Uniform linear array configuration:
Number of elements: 24
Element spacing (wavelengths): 1
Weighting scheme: exponential
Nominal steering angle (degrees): -30
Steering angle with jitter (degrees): -30.655
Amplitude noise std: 0.05
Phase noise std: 0.05

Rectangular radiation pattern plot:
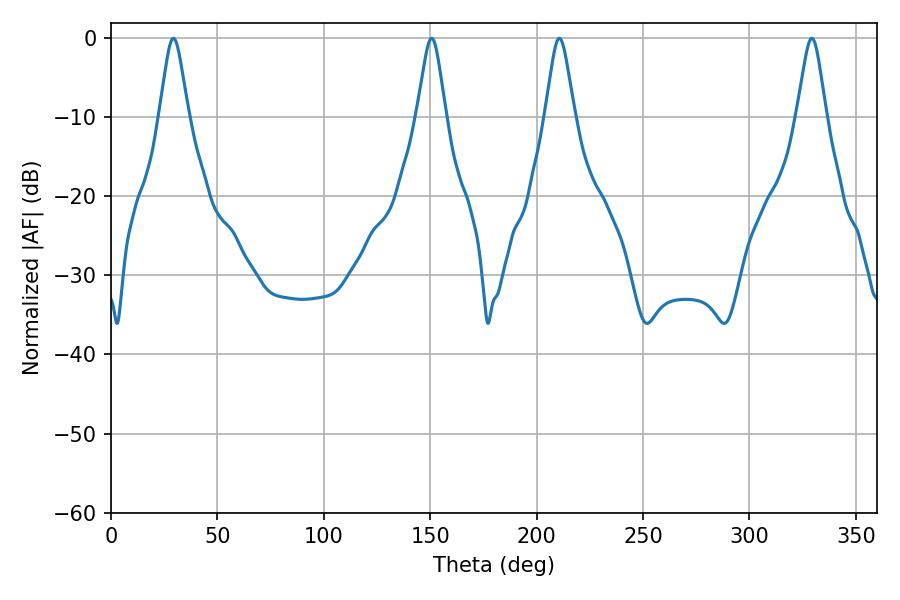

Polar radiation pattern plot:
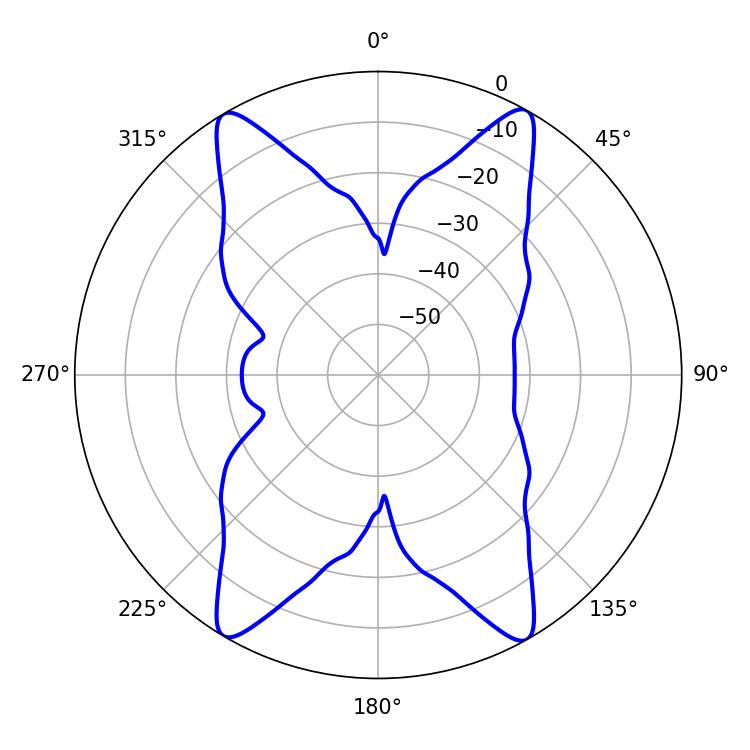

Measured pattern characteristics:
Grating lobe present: TRUE
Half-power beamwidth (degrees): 6.48
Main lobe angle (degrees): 29.34